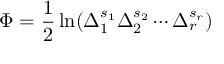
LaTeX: \Phi = \frac 1 2 \ln ( \Delta _ { 1 } ^ { s _ { 1 } } \Delta _ { 2 } ^ { s _ { 2 } } \cdots \Delta _ { r } ^ { s _ { r } } )